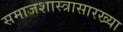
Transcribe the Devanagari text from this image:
समाजशास्त्रासारख्या